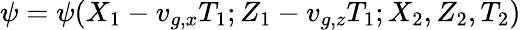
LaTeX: \psi=\psi(X_{1}-v_{g,x}T_{1};Z_{1}-v_{g,z}T_{1};X_{2},Z_{2},T_{2})